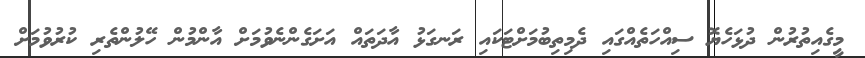
މީގެއިތުރުން ދުޅަހެޔޮ ސިއްހަތެއްގައި ދެމިތިބުމަށްޓަކައި ރަނގަޅު އާދަތައް އަށަގެންނެވުމަށް އާންމުން ހޭލުންތެރި ކުރުވުމަށް